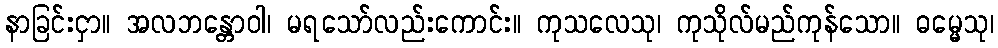
နာခြင်းငှာ။ အလဘန္တောဝါ၊ မရသော်လည်းကောင်း။ ကုသလေသု၊ ကုသိုလ်မည်ကုန်သော။ ဓမ္မေသု၊